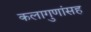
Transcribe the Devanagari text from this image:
कलागुणांसह